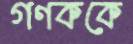
গণককে